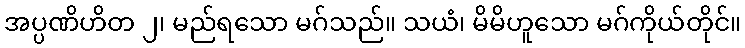
အပ္ပဏိဟိတ ၂၊ မည်ရသော မဂ်သည်။ သယံ၊ မိမိဟူသော မဂ်ကိုယ်တိုင်။